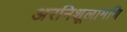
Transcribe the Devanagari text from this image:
अरनिशूलामणि